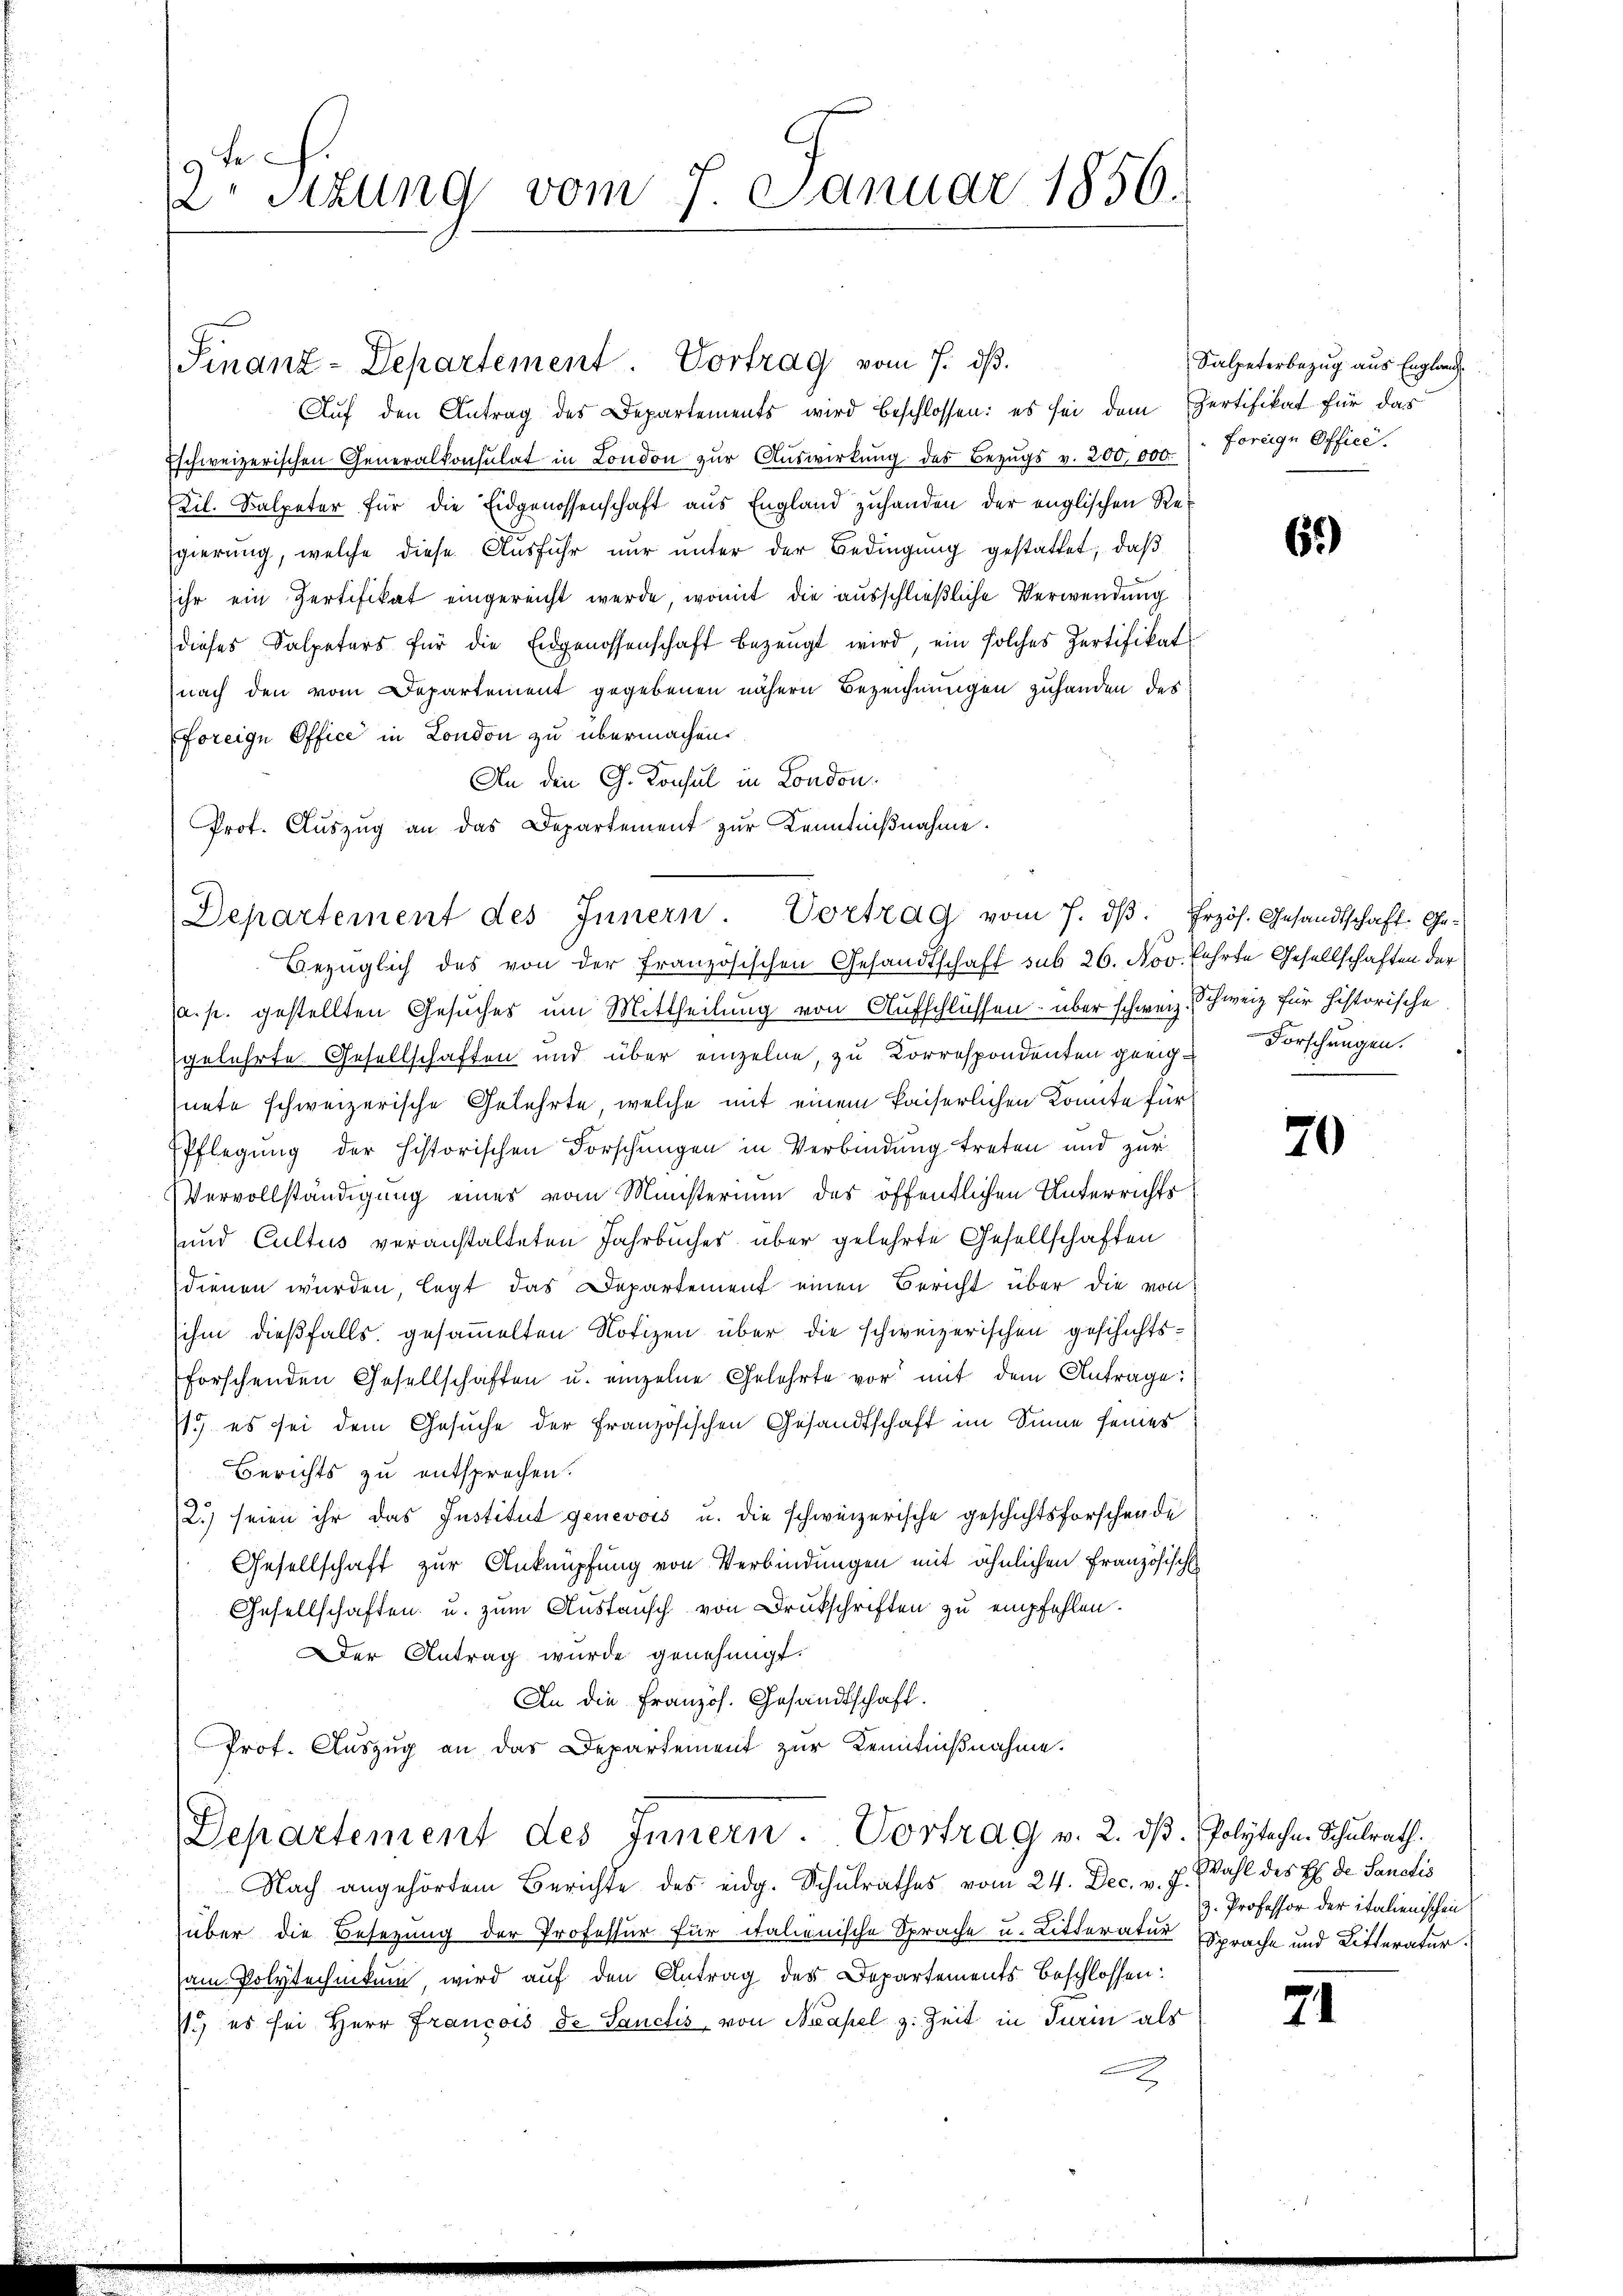
9te
 Stzung vom 7. Januar 1856.

Finanz-Departement. Vortrag vom 7. ds.
Auf den Antrag des Departements wird beschlossen: es sei dem Pertifikat für das
Eschweizerischen Generalkonsulat in London zŭr Aŭswirkung des Bezŭgs v. 200,000. Freige Office.
Kil. Salpeter für die Eidgenossenschaft aus England zuhanden der englischen Regierung, welche diese Ausfuhr nŭr ŭnter der Bedingung gestattet, daß
ihr ein Pertifikat eingereicht werde, womit die ausschließliche Verwendung
dieses Salpeters für die Eidgenossenschaft bezeugt wird, ein solches Pertifikat
nach den vom Departement gegebenen nähern Bezeichnungen zuhanden des
Foreige Office in London zu übermachen.
An den G. Konsul in London.
Prot. Aŭszŭg an das Departement zŭr Kenntniβnahme.

Departement des Innern. Vortrag vom 7. dβ. frzös. Gesandtschaft Ge-

Salpeterbezug aus England

Gezüglich des von der Französischen Gesandtschaft sub 26. Nov. Fehrte Gesellschaften der
a. p. gestellten Gesuches um Mittheilung von Aufschlüssen über schweiz. Schweiz für historische
gelehrte Gesellschaften und über einzelne, zu Korrespondenten geeig-Dörschungen.
nete schweizerische Gelehrte, welche mit einem kaiserlichen konnte für
PPflegung der historischen Forschungen in Verbindung treten und zur
Vervollständigung eines vom Ministerium des öffentlichen Unterrichts¬
und Cultus veranstalteten Jahrbuches über gelehrte Gesellschaften
dienen würden, legt das Departement einen Bericht über die von
ihm dießfalls gesammelten Notizen über die schweizerischen geschichtsforschenden Gesellschaften u. einzelne Gelehrte vor mit dem Antrage:
1.) es sei dem Gesuche der französischen Gesandtschaft im Sinne seines
Berichts zu entsprechen.
2.) seien ihr das Institut genevois u. die schweizerische geschichtsforschende
Gesellschaft zur Anknüpfung von Verbindungen mit ähnlichen Französisch
Gesellschaften u. zum Austausch von Drukschriften zu empfehlen.
Der Antrag wurde genehmigt.
An die Französ. Gesandtschaft.
Prof. Auszug an das Departement zur Kenntnißnahme.
Departement des Innern. Vortrag v. 2. dβ. Polytechn. Schulrath.
Nach angehörtem Berichte des eidg. Schulrathes vom 24. Dec. v. J.
über die Besetzung der Professur für italienische Sprache u. Litteratur Sprache und Litteratur.
am Polytechnikum wird auf den Antrag des Departements beschlossen:
s.) es sei Herr Francois de Sanctis, von Neapel z. Zeit in Turin als
e

6.)

70

Wahl des H: Dr. Sanctis
z. Professor der italienischen

74